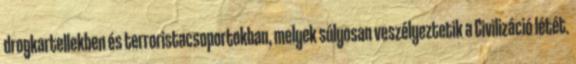
drogkartellekben és terroristacsoportokban, melyek súlyosan veszélyeztetik a Civilizáció létét.